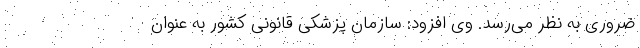
ضروری به نظر می‌رسد. وی افزود: سازمان پزشكی قانونی كشور به عنوان